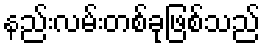
နည်းလမ်းတစ်ခုဖြစ်သည်